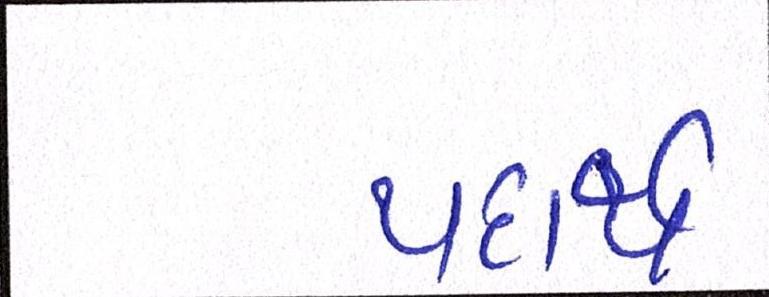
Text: પદાર્થ